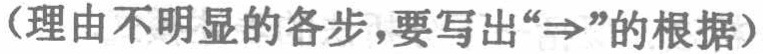
（理由不明显的各步，要写出“$\Rightarrow$”的根据）